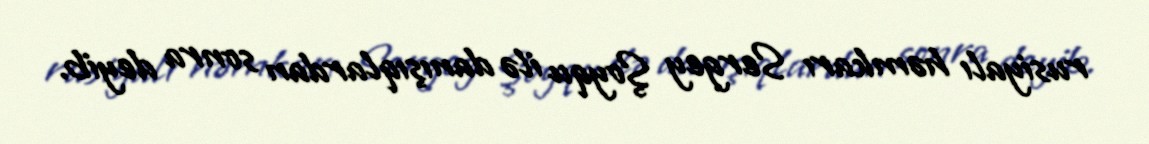
rusiyalı həmkarı Sergey Şoyqu ilə danışıqlardan sonra deyib.